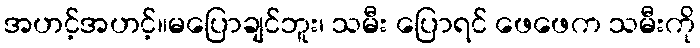
အဟင့်အဟင့်။မပြောချင်ဘူး၊ သမီး ပြောရင် ဖေဖေက သမီးကို